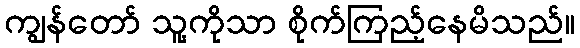
ကျွန်တော် သူ့ကိုသာ စိုက်ကြည့်နေမိသည်။